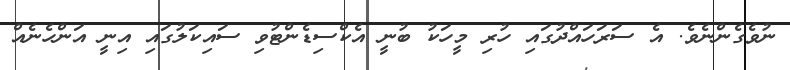
ނުވެގެންނެވެ. އެ ސަރަހައްދުގައި ހުރި މީހަކު ބުނީ އެކްސިޑެންޓުވި ސައިކަލުގައި އިނީ އަންހެނެއް